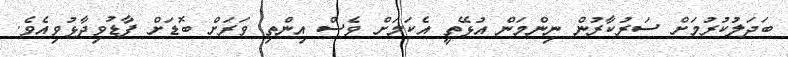
ބަދަލުކުރުމަށް ސަރުކާރުން ނިންމަން އުޅޭތީ އެކަމަށް ވެސް އިންތި ވަރަށް ބޮޑަށް ފާޑުވިދާޅުވިއެވެ.